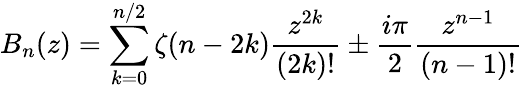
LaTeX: B_{n}(z)=\sum_{k=0}^{n/2}\zeta(n-2k)\frac{z^{2k}}{(2k)!}\pm\frac{i\pi}{2}\frac{z^{n-1}}{(n-1)!}